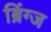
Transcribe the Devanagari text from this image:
ब्रिंग्ज